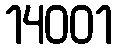
14001